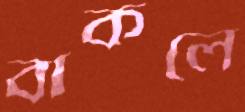
বাকলে